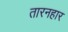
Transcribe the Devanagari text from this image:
तारनहार